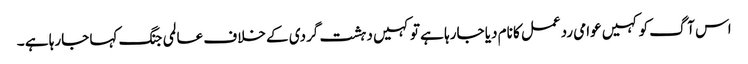
اس آگ کو کہیں عوامی ردعمل کا نام دیا جارہا ہے تو کہیں دہشت گردی کے خلاف عالمی جنگ کہا جارہا ہے ۔